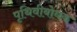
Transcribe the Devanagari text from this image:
पृथिवीबोधक